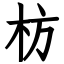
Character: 枋